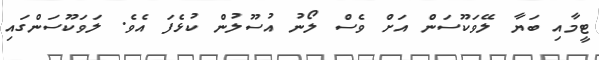
ޓީމާއި ބަޔާ ލޭވަކޫސަން އަށް ވެސް ލޯނު އުސޫލުން ކުޅެފަ އެވެ. ލަވަކޫސަންގައި